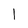
Character: 1